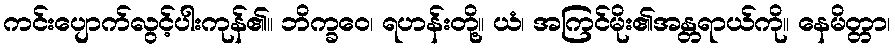
ကင်းပျောက်လွင့်ပါးကုန်၏။ ဘိက္ခဝေ၊ ရဟန်းတို့။ ယံ၊ အကြင်မိုး၏အန္တရာယ်ကို။ နေမိတ္တာ၊